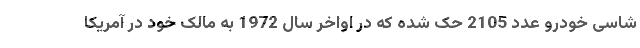
شاسی خودرو عدد 2105 حک شده که در اواخر سال 1972 به مالک خود در آمریکا